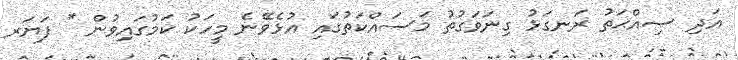
އަދި ޞިއްޙަތު ރަނގަޅު ގިނަވަގުތު މަސައްކަތުގައި އުޅެވޭނެ މީހަކު ކަމުގައިވުން * ފަޔަރ